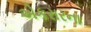
એકરારના